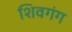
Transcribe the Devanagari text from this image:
शिवगंग